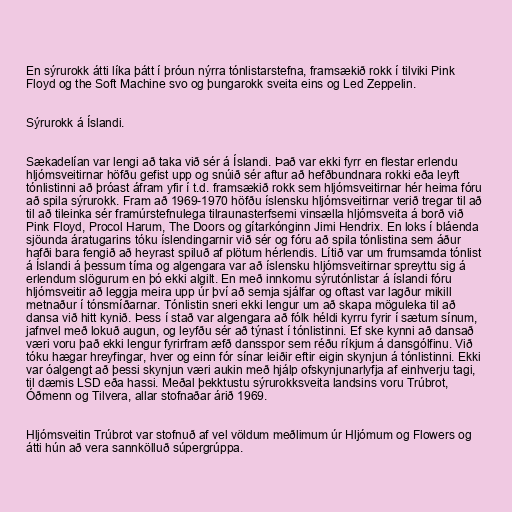
En sýrurokk átti líka þátt í þróun nýrra tónlistarstefna, framsækið rokk í tilviki Pink
Floyd og the Soft Machine svo og þungarokk sveita eins og Led Zeppelin.

Sýrurokk á Íslandi.

Sækadelían var lengi að taka við sér á Íslandi. Það var ekki fyrr en flestar erlendu
hljómsveitirnar höfðu gefist upp og snúið sér aftur að hefðbundnara rokki eða leyft
tónlistinni að þróast áfram yfir í t.d. framsækið rokk sem hljómsveitirnar hér heima fóru
að spila sýrurokk. Fram að 1969-1970 höfðu íslensku hljómsveitirnar verið tregar til að
til að tileinka sér framúrstefnulega tilraunasterfsemi vinsælla hljómsveita á borð við
Pink Floyd, Procol Harum, The Doors og gítarkónginn Jimi Hendrix. En loks í bláenda
sjöunda áratugarins tóku íslendingarnir við sér og fóru að spila tónlistina sem áður
hafði bara fengið að heyrast spiluð af plötum hérlendis. Lítið var um frumsamda tónlist
á Íslandi á þessum tíma og algengara var að íslensku hljómsveitirnar spreyttu sig á
erlendum slögurum en þó ekki algilt. En með innkomu sýrutónlistar á íslandi fóru
hljómsveitir að leggja meira upp úr því að semja sjálfar og oftast var lagður mikill
metnaður í tónsmíðarnar. Tónlistin sneri ekki lengur um að skapa möguleka til að
dansa við hitt kynið. Þess í stað var algengara að fólk héldi kyrru fyrir í sætum sínum,
jafnvel með lokuð augun, og leyfðu sér að týnast í tónlistinni. Ef ske kynni að dansað
væri voru það ekki lengur fyrirfram æfð dansspor sem réðu ríkjum á dansgólfinu. Við
tóku hægar hreyfingar, hver og einn fór sínar leiðir eftir eigin skynjun á tónlistinni. Ekki
var óalgengt að þessi skynjun væri aukin með hjálp ofskynjunarlyfja af einhverju tagi,
til dæmis LSD eða hassi. Meðal þekktustu sýrurokksveita landsins voru Trúbrot,
Óðmenn og Tilvera, allar stofnaðar árið 1969.

Hljómsveitin Trúbrot var stofnuð af vel völdum meðlimum úr Hljómum og Flowers og
átti hún að vera sannkölluð súpergrúppa.